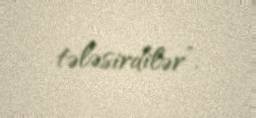
tələsirdilər”.